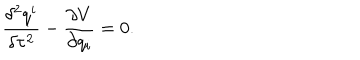
LaTeX: \frac { \delta ^ { 2 } q ^ { i } } { \delta \tau ^ { 2 } } - \frac { \partial V } { \partial q _ { i } } = 0 .